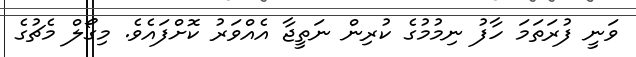
ވަނީ ފުރަތަމަ ހާފު ނިމުމުގެ ކުރިން ނަތީޖާ އެއްވަރު ކޮށްފައެވެ. މިގޯލް މެޗުގެ